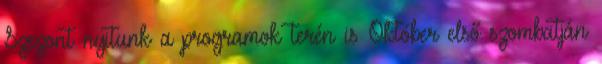
Szezont nyitunk a programok terén is Október első szombatján